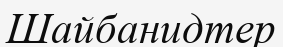
Шайбанидтер